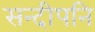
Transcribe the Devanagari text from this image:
सन्‍दीपनि